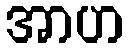
အာဟ